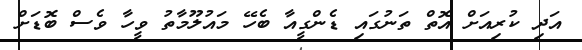
އަދި ކުރިއަށް އޮތް ތަނުގައި ޑެންގީއާ ބެހޭ މައުލޫމާތު ވީހާ ވެސް ބޮޑަށް